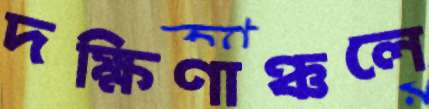
দক্ষিণাঞ্চলে